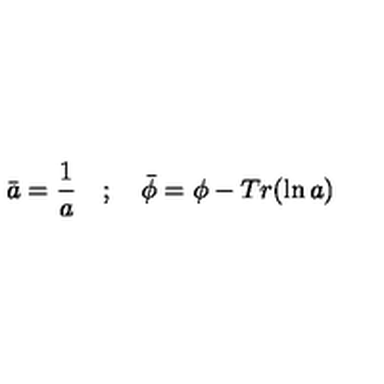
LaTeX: \bar { a } = \frac { 1 } { a } \quad ; \quad \bar { \phi } = \phi - T r ( { \ln a } )